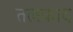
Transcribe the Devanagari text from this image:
तलकाद